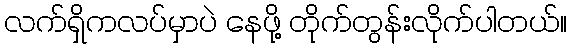
လက်ရှိကလပ်မှာပဲ နေဖို့ တိုက်တွန်းလိုက်ပါတယ်။